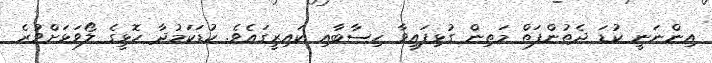
އިންނަނީ ކުޑަ ދެތުންފަތް މަތިން ގުޅިފައިވާ ހިސާބާއި ކައިރީގައެވެ. ކުޑަކަމުދާ ހޮޅީގެ ލޯވަޅަށްވުރެ